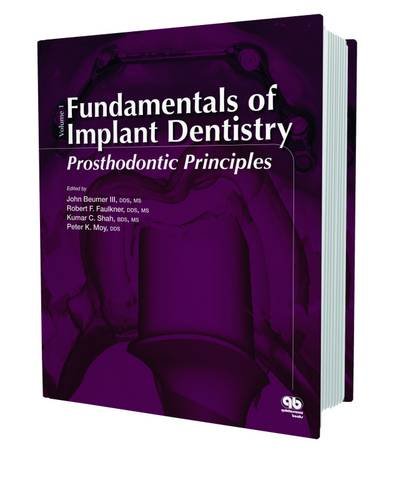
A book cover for Fundamentals of Implant Dentistry: Prosthodontic Principles; John Beumer III; Medical Books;